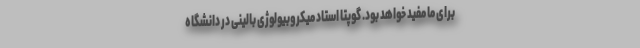
برای ما مفید خواهد بود. گوپتا استاد میکروبیولوژی بالینی در دانشگاه